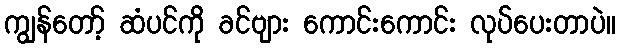
ကျွန်တော့် ဆံပင်ကို ခင်ဗျား ကောင်းကောင်း လုပ်ပေးတာပဲ။